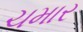
ચમાર